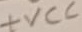
Text: +VCC